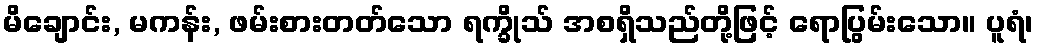
မိချောင်း, မကန်း, ဖမ်းစားတတ်သော ရက္ခိုသ် အစရှိသည်တို့ဖြင့် ရောပြွမ်းသော။ ပူရံ၊